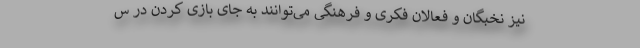
نیز نخبگان و فعالان فکری و فرهنگی می‌توانند به جای بازی کردن در س